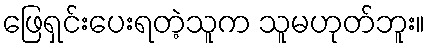
ဖြေရှင်းပေးရတဲ့သူက သူမဟုတ်ဘူး။